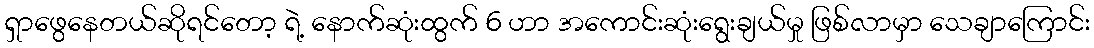
ရှာဖွေနေတယ်ဆိုရင်တော့ ရဲ့ နောက်ဆုံးထွက် 6 ဟာ အကောင်းဆုံးရွေးချယ်မှု ဖြစ်လာမှာ သေချာကြောင်း